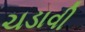
ચડાવી